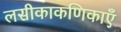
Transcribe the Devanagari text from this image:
लसीकाकणिकाएँ